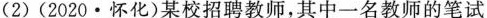
(2)(2020·怀化)某校招聘教师，其中一名教师的笔试